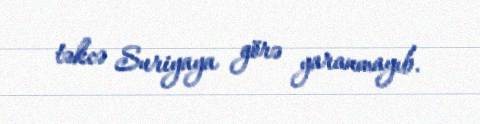
təkcə Suriyaya görə yaranmayıb.